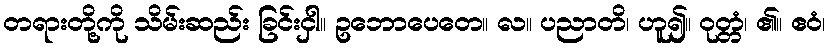
တရားတို့ကို သိမ်းဆည်း ခြင်းငှါ။ ဥဘောပေတေ။ လ။ ပညာတိ၊ ဟူ၍။ ဝုတ္တံ၊ ၏။ ဧဝံ၊